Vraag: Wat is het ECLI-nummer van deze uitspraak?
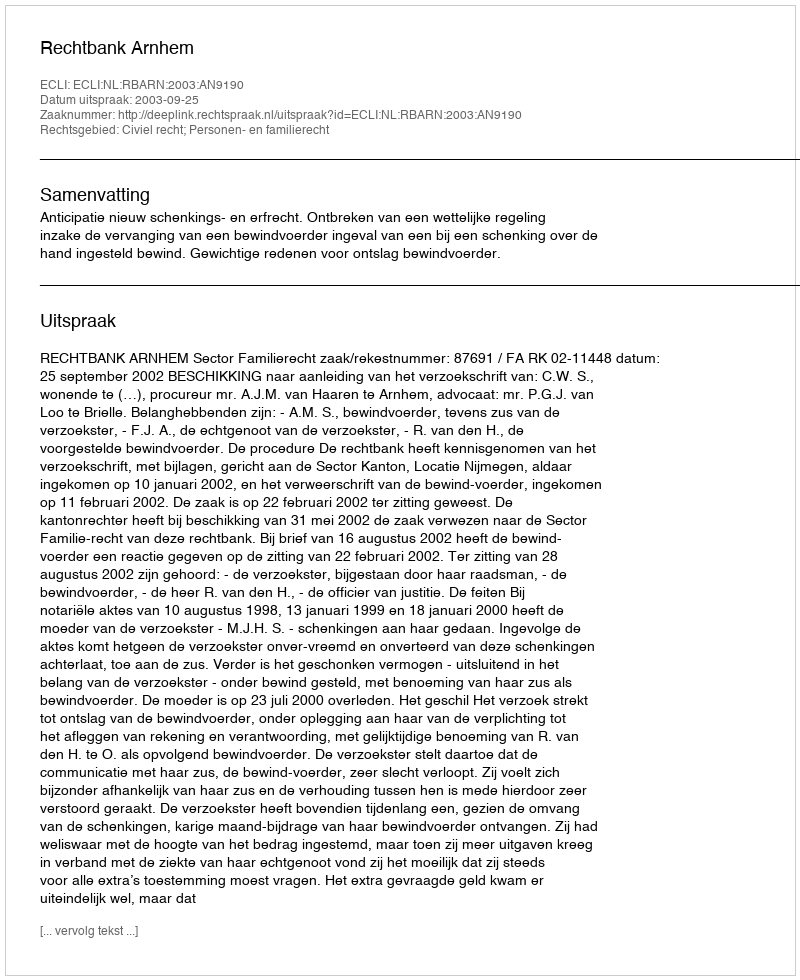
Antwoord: ECLI:NL:RBARN:2003:AN9190